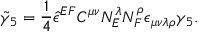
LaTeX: { \tilde { \gamma } _ { 5 } } = \frac 1 4 { \hat { \epsilon } } ^ { E F } C ^ { \mu \nu } N _ { E } ^ { \lambda } N _ { F } ^ { \rho } \epsilon _ { \mu \nu \lambda \rho } \gamma _ { 5 } .